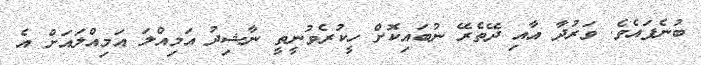
ބުނެފައެވެ. ވަރުދާ އާއި ދޭތެރޭ ނުބައިކޮށް ހީކުރެވުނީތީ ނާޝިދު އަމިއްލަ އަމިއްލައަށް އެ